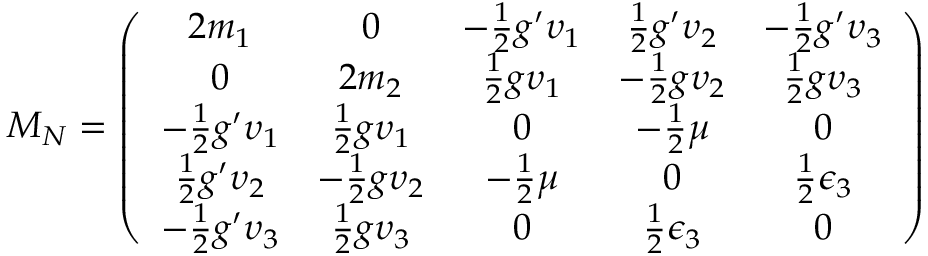
{ \cal M } _ { N } = \left( \begin{array} { c c c c c } { { 2 m _ { 1 } } } & { { 0 } } & { { - \frac { 1 } { 2 } g ^ { \prime } \upsilon _ { 1 } } } & { { \frac { 1 } { 2 } g ^ { \prime } \upsilon _ { 2 } } } & { { - \frac { 1 } { 2 } g ^ { \prime } \upsilon _ { 3 } } } \\ { { 0 } } & { { 2 m _ { 2 } } } & { { \frac { 1 } { 2 } g \upsilon _ { 1 } } } & { { - \frac { 1 } { 2 } g \upsilon _ { 2 } } } & { { \frac { 1 } { 2 } g \upsilon _ { 3 } } } \\ { { - \frac { 1 } { 2 } g ^ { \prime } \upsilon _ { 1 } } } & { { \frac { 1 } { 2 } g \upsilon _ { 1 } } } & { { 0 } } & { { - \frac { 1 } { 2 } \mu } } & { { 0 } } \\ { { \frac { 1 } { 2 } g ^ { \prime } \upsilon _ { 2 } } } & { { - \frac { 1 } { 2 } g \upsilon _ { 2 } } } & { { - \frac { 1 } { 2 } \mu } } & { { 0 } } & { { \frac { 1 } { 2 } \epsilon _ { 3 } } } \\ { { - \frac { 1 } { 2 } g ^ { \prime } \upsilon _ { 3 } } } & { { \frac { 1 } { 2 } g \upsilon _ { 3 } } } & { { 0 } } & { { \frac { 1 } { 2 } \epsilon _ { 3 } } } & { { 0 } } \end{array} \right)